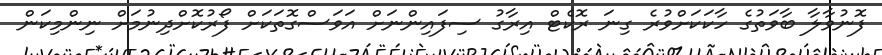
ފޮނުވާލާ ބާވަތުގެ ހާކަކަށްވުރެ ގިނަ ރޮކެޓް އިރާގު ސިފައިންނަށް އަވަސްގޮތަކަށް ފޯރުކޮށްދިނުމަށް ނިންމިކަން